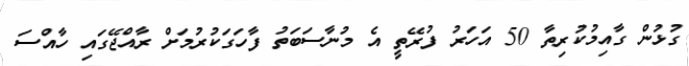
ގުޅުން ގާއިމުކުރިތާ 50 އަހަރު ފުރޭތީ އެ މުނާސަބަތު ފާހަގަކުރުމަށް ރާއްޖޭގައި ހާއްސަ